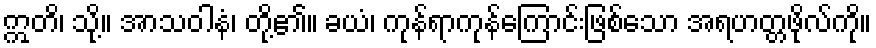
ဣတိ၊ သို့။ အာသဝါနံ၊ တို့၏။ ခယံ၊ ကုန်ရာကုန်ကြောင်းဖြစ်သော အရဟတ္တဖိုလ်ကို။